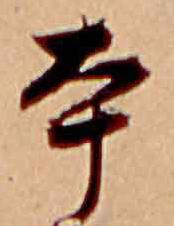
本